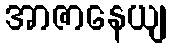
အာဇာနေယျ